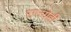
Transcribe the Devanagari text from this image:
राज्येही